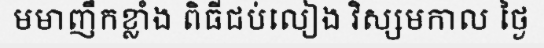
មមាញឹកខ្លាំង ពិធីជប់លៀង វិស្សមកាល ថ្ងៃ